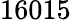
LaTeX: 16015